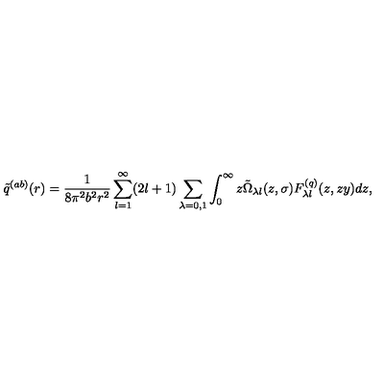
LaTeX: \tilde { q } ^ { ( a b ) } ( r ) = \frac { 1 } { 8 \pi ^ { 2 } b ^ { 2 } r ^ { 2 } } \sum _ { l = 1 } ^ { \infty } ( 2 l + 1 ) \sum _ { \lambda = 0 , 1 } \int _ { 0 } ^ { \infty } { z \tilde { \Omega } _ { \lambda l } ( z , \sigma ) F _ { \lambda l } ^ { ( q ) } ( z , z y ) d z } ,